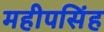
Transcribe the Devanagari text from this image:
महीपसिंह